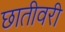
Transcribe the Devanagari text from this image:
छातीवरी